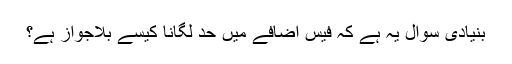
بنیادی سوال یہ ہے کہ فیس اضافے میں حد لگانا کیسے بلاجواز ہے؟